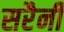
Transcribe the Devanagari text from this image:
सरैनी